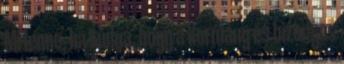
Mi lenne, ha tudná, hogy a kormány és bizonyos